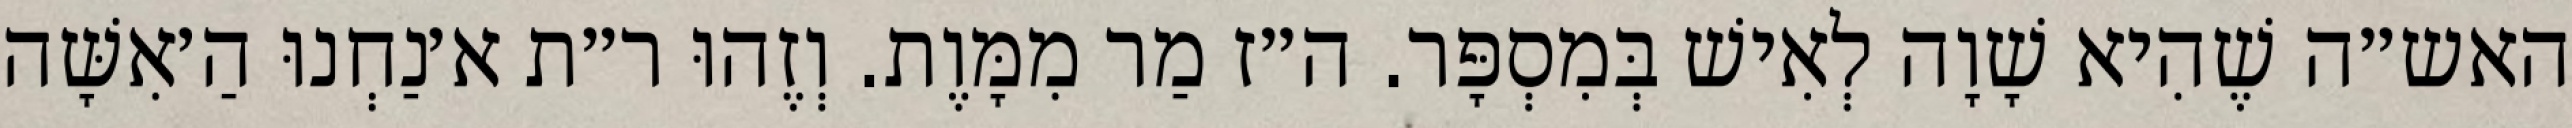
האש״ה שֶׁהִיא שָׁוָה לְאִישׁ בְּמִסְפָּר. ה״ז מַר מִמָּוֶת. וְזֶהוּ ר״ת א׳נַחְנוּ הַ׳אִשָּׁה